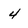
Character: 4